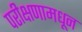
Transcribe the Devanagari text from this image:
परीक्षणामधून